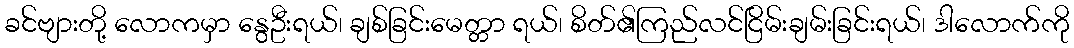
ခင်ဗျားတို့ လောကမှာ နွေဦးရယ်၊ ချစ်ခြင်းမေတ္တာ ရယ်၊ စိတ်၏ကြည်လင်ငြိမ်းချမ်းခြင်းရယ်၊ ဒါလောက်ကို